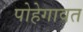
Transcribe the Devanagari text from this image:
पोहेगावत